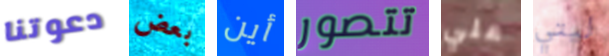
دعوتنا بعض أين تتصور علي ليتي